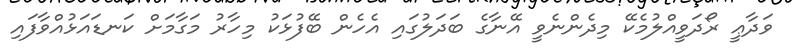
ވަދާޢީ ރޯދަވީއްލުމެކޭ މިދެންނެވީ އޭނާގެ ބަދަލުގައި އެހެން ބޭފުޅަކު މިހާރު މަގާމަށް ކަނޑައަޅުއްވާފައި